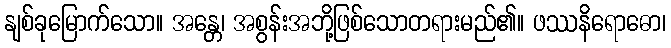
နျစ်ခုမြောက်သော။ အန္တေ၊ အစွန်းအဘို့ဖြစ်သောတရားမည်၏။ ဖဿနိရောဓော၊